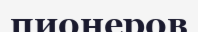
пионеров